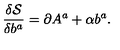
\frac { \delta \mathcal { S } } { \delta b ^ { a } } = \partial A ^ { a } + \alpha b ^ { a } .